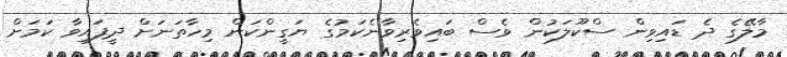
މާލޭގެ ދެ ޑައިވިން ސްކޫލަކުން ވެސް ބައިވެރިވާނެކަމުގެ ޔަގީންކަން މިހާތަނަށް ދީފައިވާ ކަމަށް